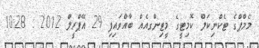
މެމްޕްގެ ޓެކްނިކަލް ކޮމިޓީގެ މީޓިންގއެއް ބާއްވައިފި 29 އޭޕްރީލް 2012 : 10:28